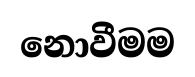
නොවීමම